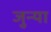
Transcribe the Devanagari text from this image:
जुन्‍या